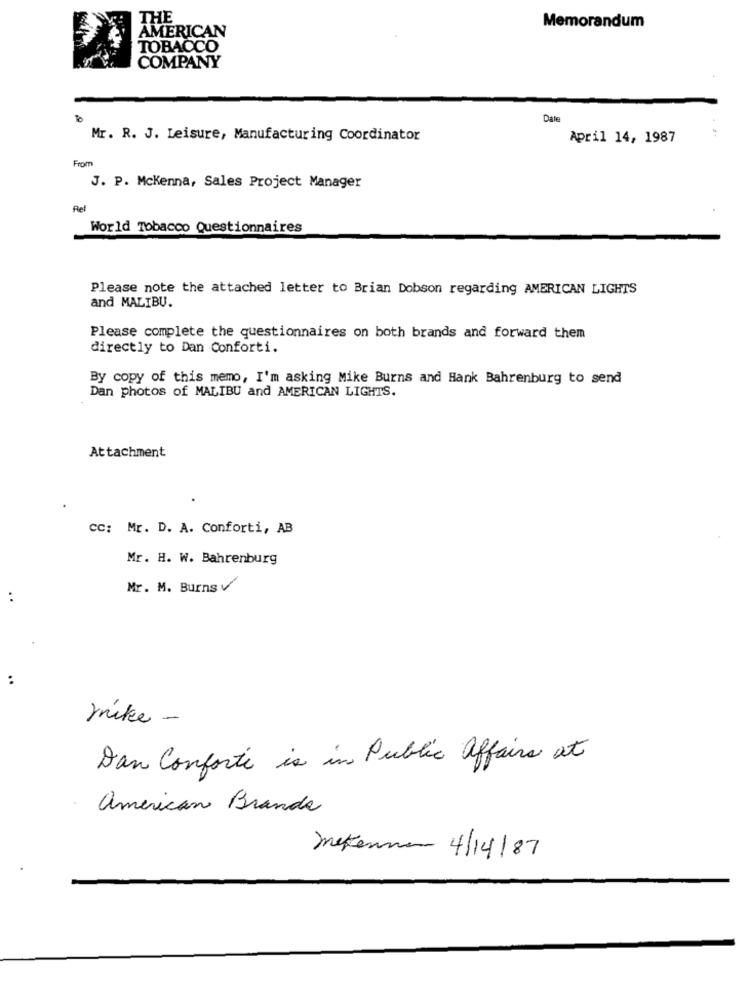
THE
AMERICAN
Memorandum
TOBACCO
COMPANY
To
Date
Mr. R. J. Leisure, Manufacturing Coordinator
April 14, 1987
From
J. P. Mckenna, Sales Project Manager
Rel
World Tobacco Questionnaires
Please note the attached letter to Brian Dobson regarding AMERICAN LIGHTS
and MALIBU.
Please complete the questionnaires on both brands and forward them
directly to Dan Conforti.
By copy of this memo, I'm asking Mike Burns and Hank Bahrenburg to send
Dan photos of MALIBU and AMERICAN LIGHTS.
Attachment
cc: Mr. D. A. Conforti, AB
Mr. H. W. Bahrenburg
Mr. M. BurnsV
..
..
ynike -
Dan Conforte is in Public affairs at
american Branda
mekennen 4/14/87